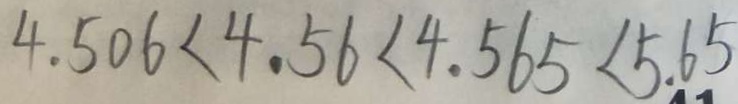
4 . 5 0 6 < 4 . 5 6 < 4 . 5 6 5 < 5 . 6 5